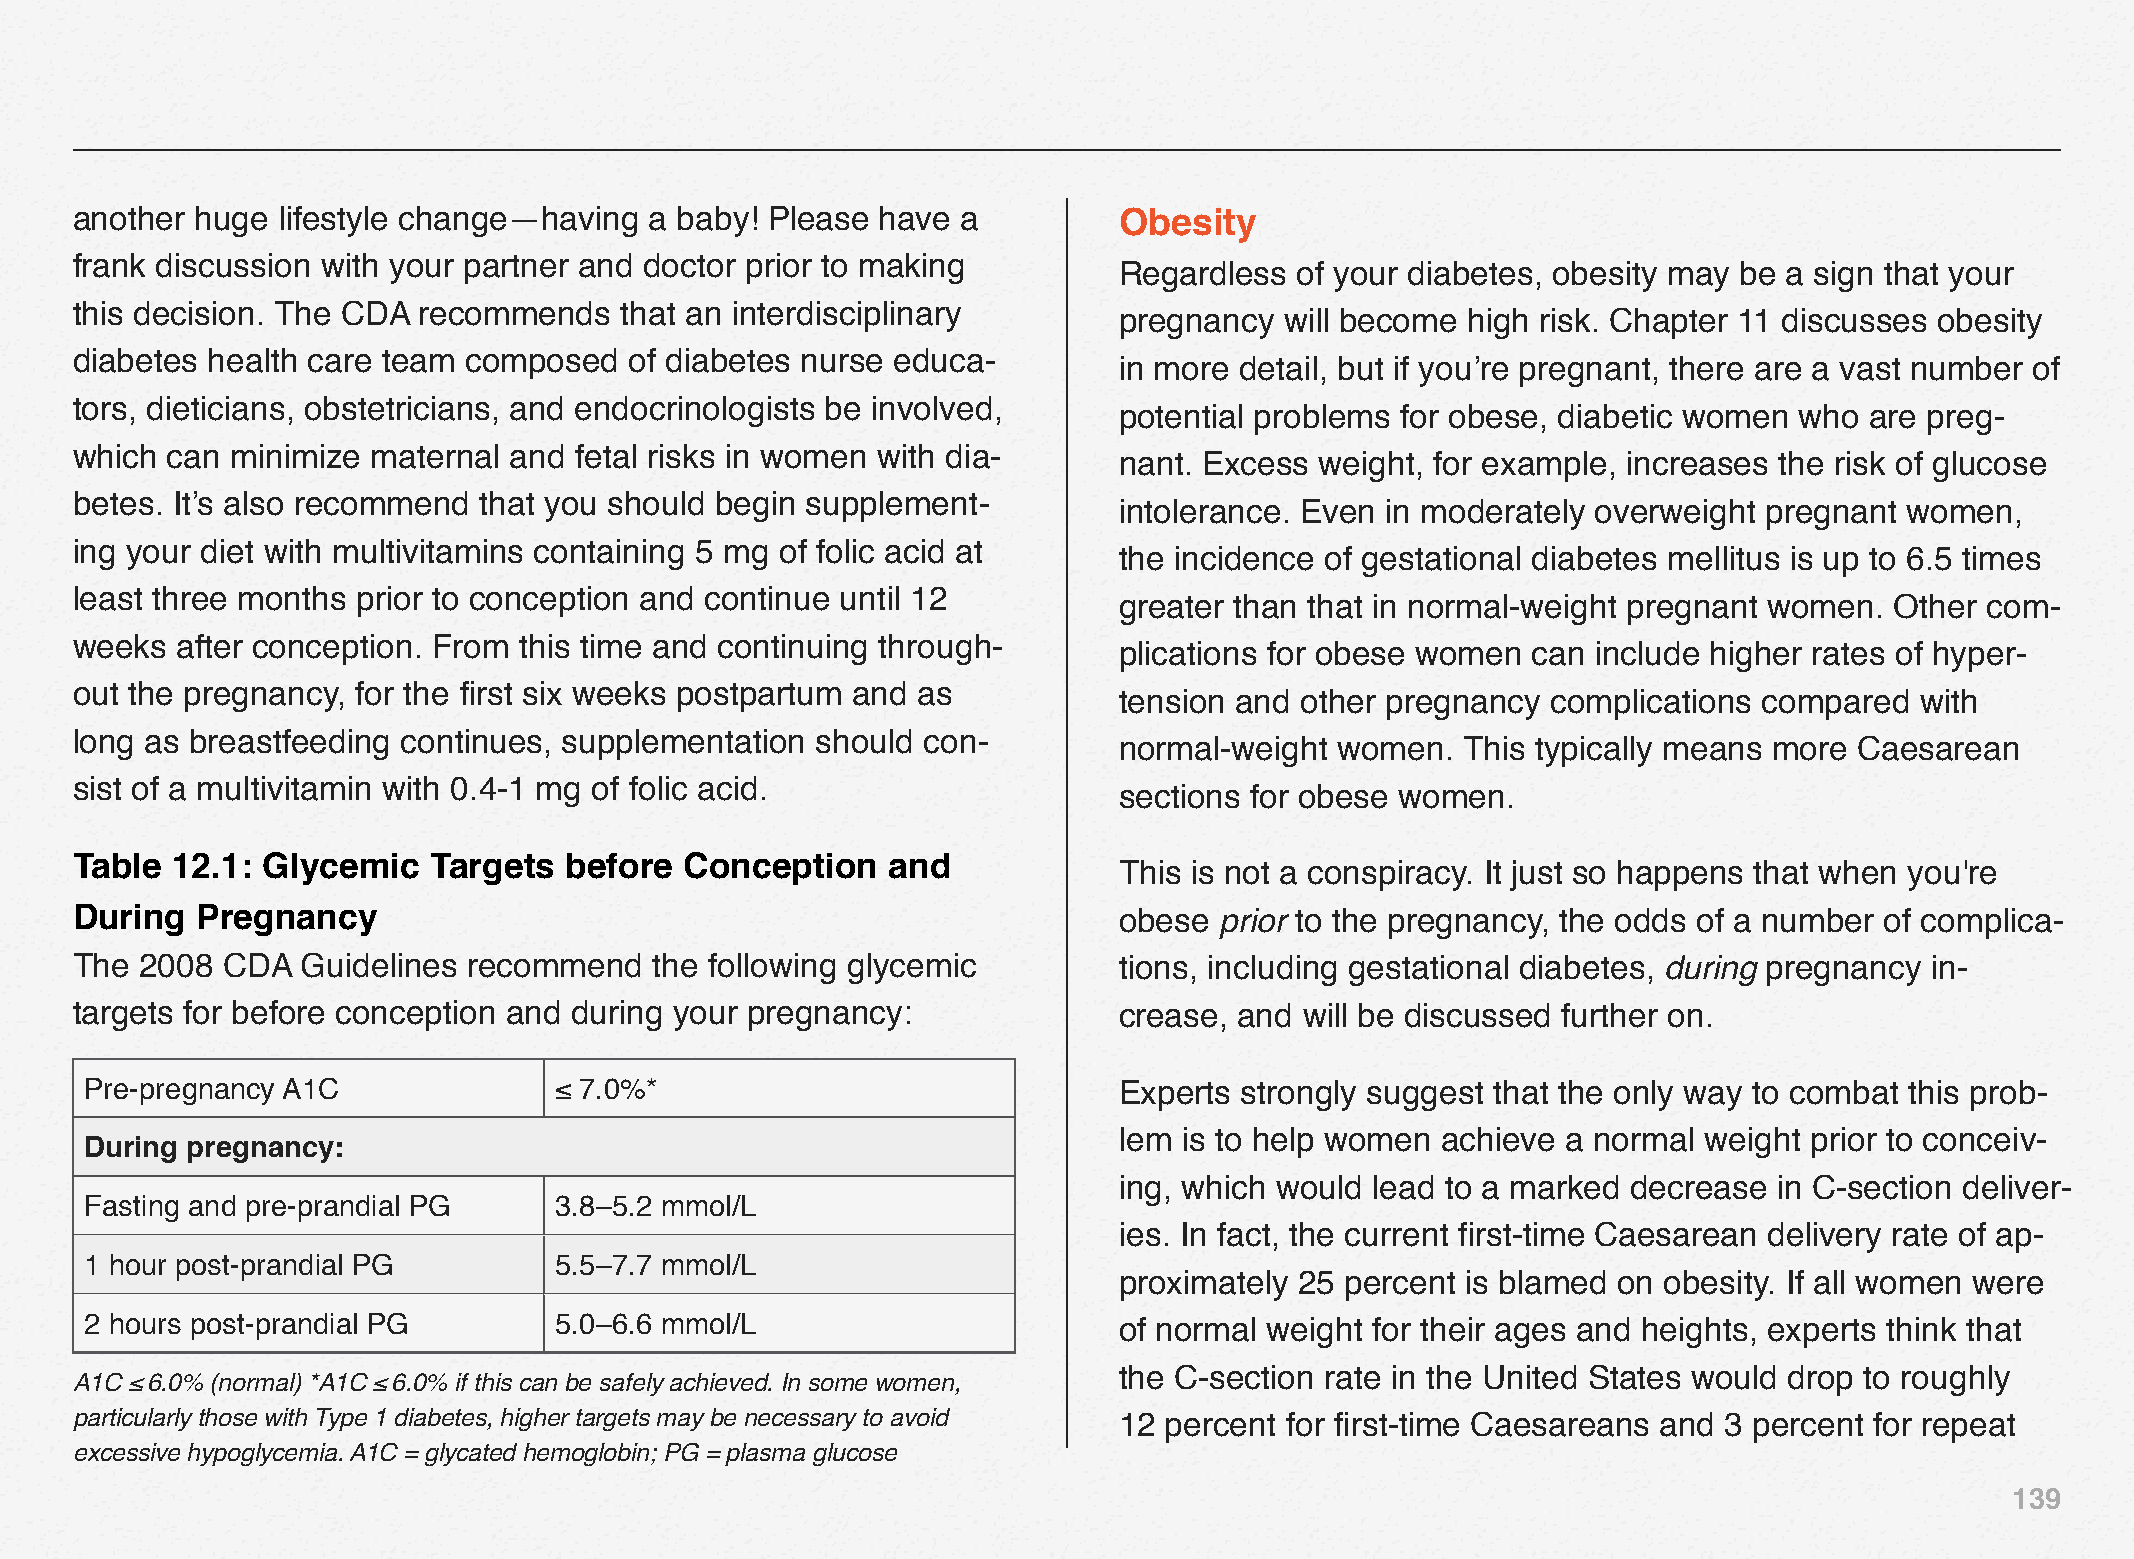
another huge lifestyle change—having  a baby! Please have  a         Obesity
 frank discussion with your partner and doctor prior to making
 Regardless  of your diabetes, obesity may be a sign that your
 this decision. The CDA recommends   that an interdisciplinary
 pregnancy  will become high risk. Chapter 11 discusses obesity
 diabetes health care team composed   of diabetes nurse educa-
 in more detail, but if you’re pregnant, there are a vast number of
 tors, dieticians, obstetricians, and endocrinologists be involved,
 potential problems for obese, diabetic women who  are preg-
 which can minimize  maternal and fetal risks in women with dia-
 nant. Excess weight, for example, increases the risk of glucose
 betes. It’s also recommend that you should begin supplement-
 intolerance. Even in moderately overweight pregnant women,
 ing your diet with multivitamins containing 5 mg of folic acid at
 the incidence of gestational diabetes mellitus is up to 6.5 times
 least three months prior to conception and continue until 12
 greater than that in normal-weight pregnant women. Other com-
 weeks  after conception. From this time and continuing through-
 plications for obese women can  include higher rates of hyper-
 out the pregnancy, for the first six weeks postpartum and as
 tension and other pregnancy  complications compared  with
 long as breastfeeding continues, supplementation should con-
 normal-weight  women.  This typically means more Caesarean
 sist of a multivitamin with 0.4‒1 mg of folic acid.
 sections for obese women.
 Table 12.1: Glycemic    Targets before  Conception    and
 This is not a conspiracy. It just so happens that when you're
 During  Pregnancy                                                    obese  prior to the pregnancy, the odds of a number of complica-
 The 2008  CDA  Guidelines recommend   the following glycemic         tions, including gestational diabetes, during pregnancy in-
 targets for before conception and during your pregnancy:             crease, and will be discussed further on.
 Pre-pregnancy A1C              ≤ 7.0%*                              Experts strongly suggest that the only way to combat this prob-
 lem is to help women achieve  a normal weight prior to conceiv-
 DDuurriinngg pprreeggnnaannccyy::
 ing, which would lead to a marked decrease  in C-section deliver-
 Fasting and pre-prandial PG    3.8–5.2 mmol/L
 ies. In fact, the current first-time Caesarean delivery rate of ap-
 1 hour post-prandial PG        5.5–7.7 mmol/L
 proximately 25 percent is blamed on obesity. If all women were
 2 hours post-prandial PG       5.0–6.6 mmol/L                       of normal weight for their ages and heights, experts think that
 the C-section rate in the United States would drop to roughly
 A1C ≤ 6.0% (normal) *A1C ≤ 6.0% if this can be safely achieved. In some women,
 particularly those with Type 1 diabetes, higher targets may be necessary to avoid 12 percent for first-time Caesareans and 3 percent for repeat
 excessive hypoglycemia. A1C = glycated hemoglobin; PG = plasma glucose
 139